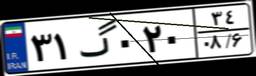
۵۵گ۲۹۹۴۵